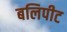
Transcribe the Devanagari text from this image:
बलिपीट